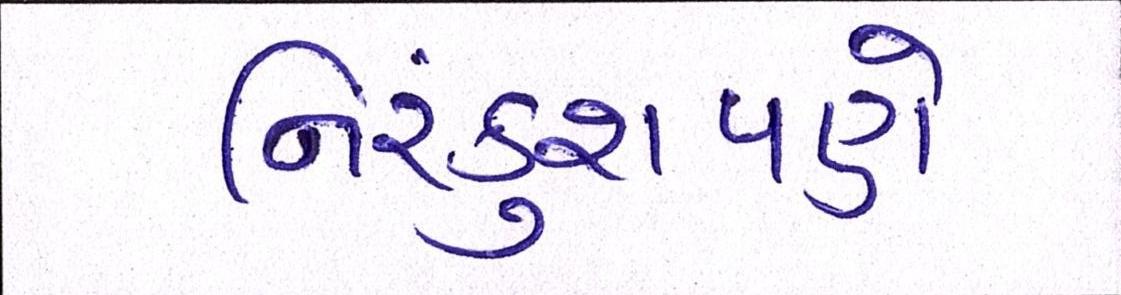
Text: નિરંકુશપણે